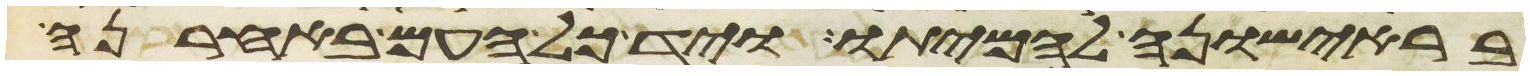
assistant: וסקלתו באבנים ומת כי בקש להדיחך